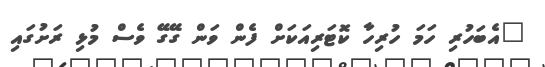
"އެބަހުރި ހަމަ ހުރިހާ ކޮޓަރިއަކަށް ފެން ވަން ގޭގޭ ވެސް މުޅި ރަށުގައި